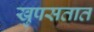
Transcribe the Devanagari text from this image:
खुपसतात